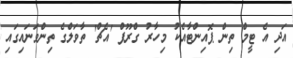
އަދި އެ ޓީމް ތިން ޕޮއިންޓާއެކު މިހާރު ގްރޫޕް 'އެޗް' ތާވަލްގެ ތިންވަނައިގައި